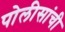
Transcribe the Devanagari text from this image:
पोलीसांची